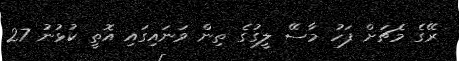
ރޭގެ މެޗަށް ފަހު މާސޭ ލީގުގެ ތިން ވަނައިގައި އޮތީ ކުޅުނު 27